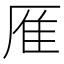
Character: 㕍